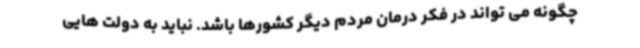
چگونه می تواند در فکر درمان مردم دیگر کشورها باشد. نباید به دولت هایی